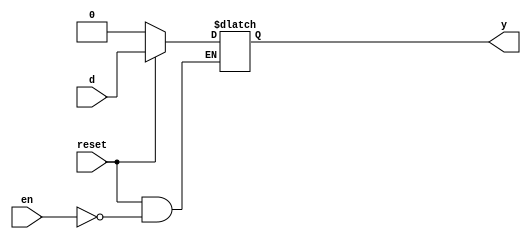
// Code your design here
module Dlatch(input d,
              input en,
              input reset,
              output reg y
             );
  always@*
    if(!reset)
      y <= 0;
  
  else if (en)
    y <= d;
  
endmodule